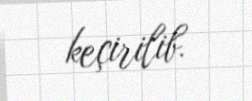
keçirilib.